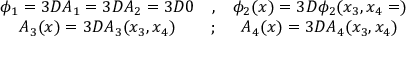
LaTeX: \begin{array} { c c c } { { \phi _ { 1 } = 3 D A _ { 1 } = 3 D A _ { 2 } = 3 D 0 } } & { { , } } & { { \phi _ { 2 } ( x ) = 3 D \phi _ { 2 } ( x _ { 3 } , x _ { 4 } = ) } } \\ { { A _ { 3 } ( x ) = 3 D A _ { 3 } ( x _ { 3 } , x _ { 4 } ) } } & { { ; } } & { { A _ { 4 } ( x ) = 3 D A _ { 4 } ( x _ { 3 } , x _ { 4 } ) } } \end{array}